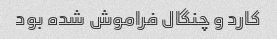
کارد و چنگال فراموش شده بود